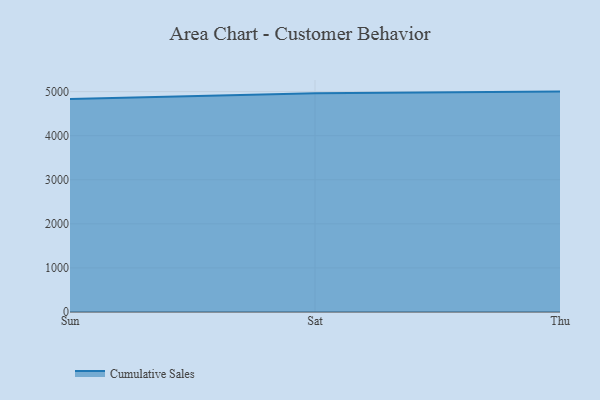
{"axis": {"x": "Day", "y": "Operating Costs (USD K)"}, "legend": ["Cumulative Sales"], "data": [{"x": "Sun", "y": 4830.2, "type": "Cumulative Sales"}, {"x": "Sat", "y": 4962.2, "type": "Cumulative Sales"}, {"x": "Thu", "y": 5000, "type": "Cumulative Sales"}]}